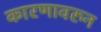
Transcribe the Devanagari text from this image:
कारणावरुन